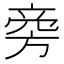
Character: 𬀊